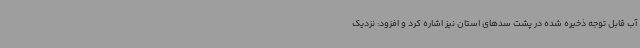
آب قابل توجه ذخیره شده در پشت سدهای استان نیز اشاره کرد و افزود: نزدیک